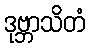
ဒုဗ္ဘာသိတံ